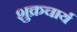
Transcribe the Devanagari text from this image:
शुक्रचार्य